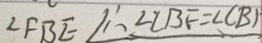
\angle F B E \therefore \angle C B F = \angle C B